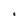
Character: O